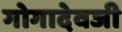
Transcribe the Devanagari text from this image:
गोगादेवजी